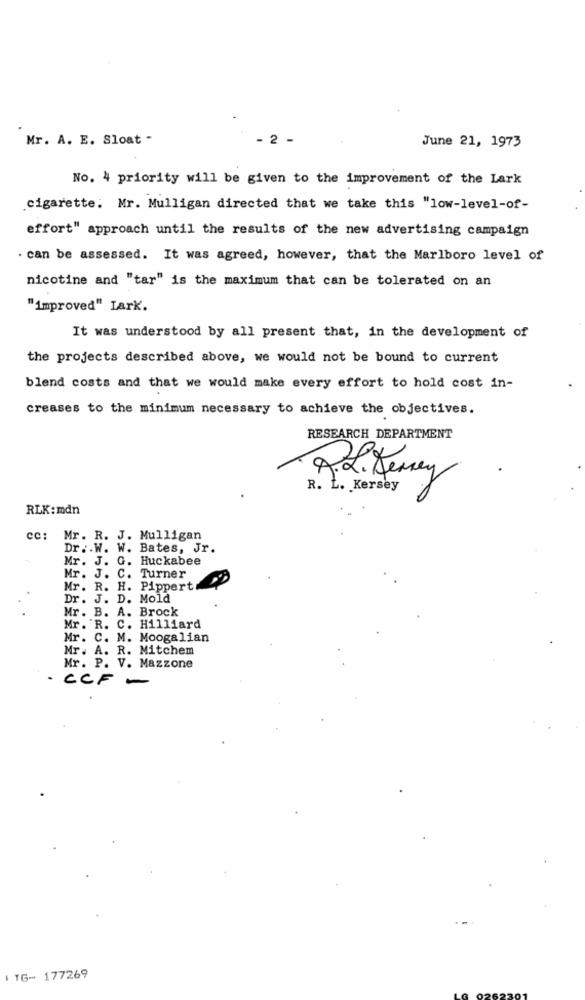
Mr. A. E. Sloat -
- 2 -
June 21, 1973
No. 4 priority will be given to the improvement of the Lark
.cigarette: Mr. Mulligan directed that we take this "low-level-of-
effort" approach until the results of the new advertising campaign
. can be assessed. It was agreed, however, that the Marlboro level of
nicotine and "tar" is the maximum that can be tolerated on an
"improved" Lark.
It was understood by all present that, in the development of
the projects described above, we would not be bound to current
blend costs and that we would make every effort to hold cost in-
creases to the minimum necessary to achieve the objectives.
RESEARCH DEPARTMENT
A. L. Penney
R. L. Kersey
RLK:mdn
cc:
Mr. R. J. Mulligan
Dr. W. W. Bates, Jr.
Mr. J. G. Huckabee
Mr. J. C. Turner
Mr. R. H. Pippert
Dr. J. D. Mold
Mr. B. A. Brock
Mr. R. C. Hilliard
Mr. C. M. Moogalian
Mr. A. R. Mitchem
Mr. P. V. Mazzone
· CCF -
ITG- 177269